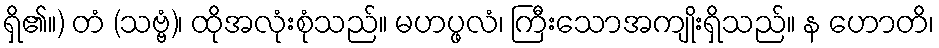
ရှိ၏။) တံ (သဗ္ဗံ)၊ ထိုအလုံးစုံသည်။ မဟပ္ဖလံ၊ ကြီးသောအကျိုးရှိသည်။ န ဟောတိ၊